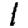
Digit: 1